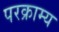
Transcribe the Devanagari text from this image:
परक्राम्‍य